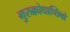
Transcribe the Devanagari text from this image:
गुरुक्रोधाच्छिवो